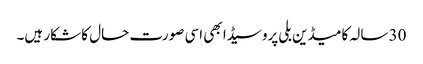
30 سالہ کامیڈین بلی پروسیڈا بھی اسی صورت حال کا شکار ہیں۔